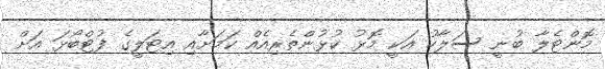
މޮންޓެލާ ބުނީ ސަލާހު އަކީ މޮޅު ކުޅުންތެރިއެއް ކަމަށާއި އިޓަލީގެ ފުޓްބޯޅަ އަށް